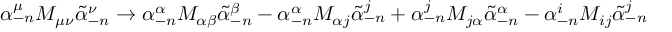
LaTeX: \alpha _ { - n } ^ { \mu } M _ { \mu \nu } \widetilde \alpha _ { - n } ^ { \nu } \rightarrow \alpha _ { - n } ^ { \alpha } M _ { \alpha \beta } \widetilde \alpha _ { - n } ^ { \beta } - \alpha _ { - n } ^ { \alpha } M _ { \alpha j } \widetilde \alpha _ { - n } ^ { j } + \alpha _ { - n } ^ { j } M _ { j \alpha } \widetilde \alpha _ { - n } ^ { \alpha } - \alpha _ { - n } ^ { i } M _ { i j } \widetilde \alpha _ { - n } ^ { j }